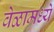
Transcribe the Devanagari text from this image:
वेळामध्ये